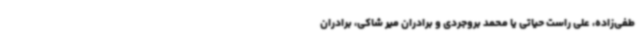
طفی‌زاده، علی راست حیاتی یا محمد بروجردی و برادران میر شاکی، برادران